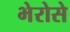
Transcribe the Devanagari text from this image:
भेरोसे